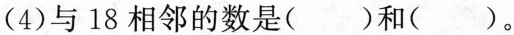
(4)与18相邻的数是( )和( )。